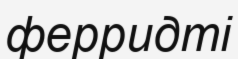
ферридті